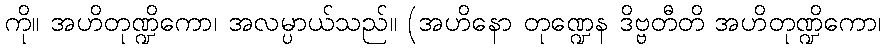
ကို။ အဟိတုဏ္ဍိကော၊ အလမ္ပာယ်သည်။ (အဟိနော တုဏ္ဍေန ဒိဗ္ဗတီတိ အဟိတုဏ္ဍိကော၊